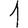
Digit: 1